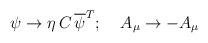
LaTeX: \begin{align*}\psi\rightarrow \eta\, C\,\overline{\psi}^{T}; \;\;\;\; A_{\mu}\rightarrow-A_{\mu}\end{align*}